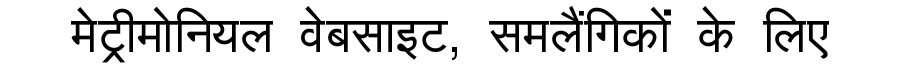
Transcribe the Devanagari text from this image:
मेट्रीमोनियल वेबसाइट, समलैंगिकों के लिए